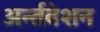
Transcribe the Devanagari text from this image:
अर्न्तवेशन